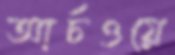
আর্চওয়ে